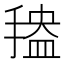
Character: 𱠡